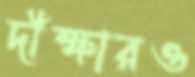
দীক্ষারও